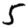
Digit: 5